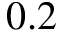
0 . 2